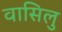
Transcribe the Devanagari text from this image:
वासिलु